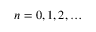
\quad n = 0 , 1 , 2 , \ldots